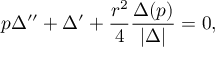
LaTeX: p \Delta ^ { \prime \prime } + \Delta ^ { \prime } + { \frac { r ^ { 2 } } { 4 } } { \frac { \Delta ( p ) } { | \Delta | } } = 0 ,